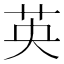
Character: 英